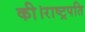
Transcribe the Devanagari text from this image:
की।राष्ट्रपति